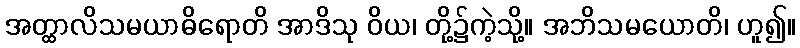
အတ္ထာလိသမယာဓိရောတိ အာဒိသု ဝိယ၊ တို့၌ကဲ့သို့။ အဘိသမယောတိ၊ ဟူ၍။